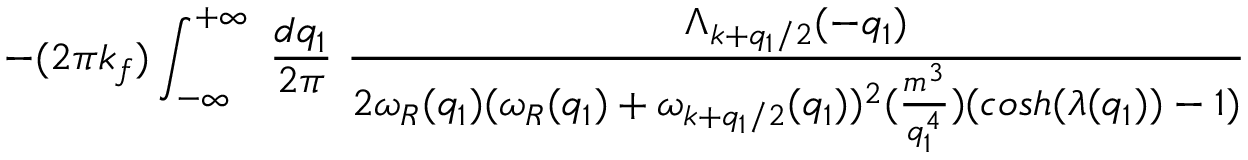
- ( 2 \pi k _ { f } ) \int _ { - \infty } ^ { + \infty } \mathrm { ~ } \frac { d q _ { 1 } } { 2 \pi } \mathrm { ~ } \frac { \Lambda _ { k + q _ { 1 } / 2 } ( - q _ { 1 } ) } { 2 \omega _ { R } ( q _ { 1 } ) ( \omega _ { R } ( q _ { 1 } ) + \omega _ { k + q _ { 1 } / 2 } ( q _ { 1 } ) ) ^ { 2 } ( \frac { m ^ { 3 } } { q _ { 1 } ^ { 4 } } ) ( c o s h ( \lambda ( q _ { 1 } ) ) - 1 ) }